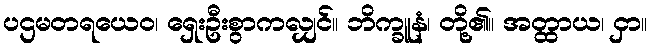
ပဌမတရယေဝ၊ ရှေးဦးစွာကလျှင်။ ဘိက္ခူနံ၊ တို့၏။ အတ္ထာယ၊ ငှာ။